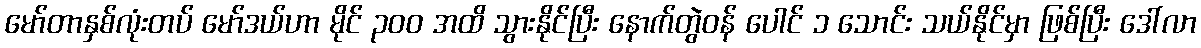
မော်တာနှစ်လုံးတပ် မော်ဒယ်ဟာ မိုင် ၃၀၀ အထိ သွားနိုင်ပြီး နောက်တွဲဝန် ပေါင် ၁ သောင်း သယ်နိုင်မှာ ဖြစ်ပြီး ဒေါ်လာ